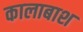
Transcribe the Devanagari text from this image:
कालाबाश